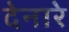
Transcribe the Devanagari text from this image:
देनारे